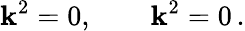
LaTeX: \mathbf{k}^{2}=0,\qquad\mathbf{k}^{2}=0\, .